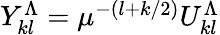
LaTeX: \begin{array}{r}{Y_{kl}^{\Lambda}=\mu^{-(l+k/2)}U_{kl}^{\Lambda}}\end{array}